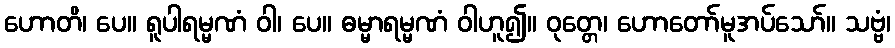
ဟောတိ၊ ပေ။ ရူပါရမ္မဏံ ဝါ၊ ပေ။ ဓမ္မာရမ္မဏံ ဝါဟူ၍။ ဝုတ္တေ၊ ဟောတော်မူအပ်သော်။ သဗ္ဗံ၊